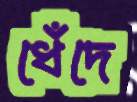
ধেঁদে